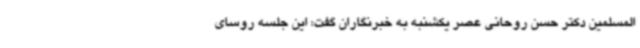
المسلمین دکتر حسن روحانی عصر یکشنبه به خبرنگاران گفت: این جلسه روسای